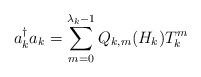
LaTeX: \begin{align*}a_k^\dagger a_k = \sum_{m=0}^{\lambda_k-1}Q_{k,m}(H_k)T_k^m\end{align*}